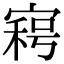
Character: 𡩸